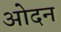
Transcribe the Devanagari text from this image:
ओदन